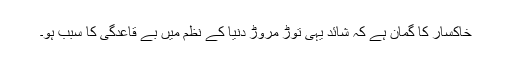
خاکسار کا گمان ہے کہ شائد یہی توڑ مروڑ دنیا کے نظم میں بے قاعدگی کا سبب ہو۔